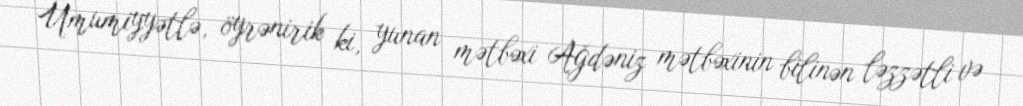
Ümumiyyətlə, öyrənirik ki, yunan mətbəxi Ağdəniz mətbəxinin bilinən ləzzətli və